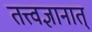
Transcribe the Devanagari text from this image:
तत्त्वज्ञानात्